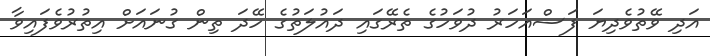
އަދި ވޭތުވެދިޔަ ފަސްއަހަރު ދުވަހުގެ ތެރޭގައި ދައުލަތުގެ ހޭދަ ތިން ގުނައަށް އިތުރުވެފައިވާ